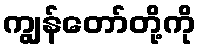
ကျွန်တော်တို့ကို